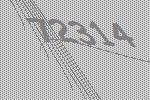
72314